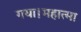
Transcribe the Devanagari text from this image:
गया।महात्मा